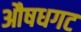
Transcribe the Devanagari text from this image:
औषधगट